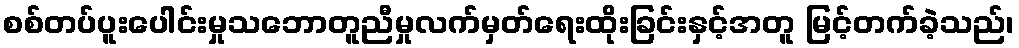
စစ်တပ်ပူးပေါင်းမှုသဘောတူညီမှုလက်မှတ်ရေးထိုးခြင်းနှင့်အတူ မြင့်တက်ခဲ့သည်၊